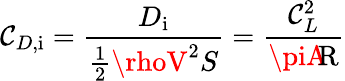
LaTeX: \mathcal{C}_{D,{\mathrm{{i}}}}={\frac{{D_{\mathrm{{i}}}}}{{{\frac{{1}}{{2}}}\rhoV^{2}S}}}={\frac{{\mathcal{C}_{L}^{2}}}{{\piA\! \! {\mathrm{{R}}}}}}